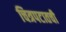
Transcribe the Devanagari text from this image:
चित्रपटातची